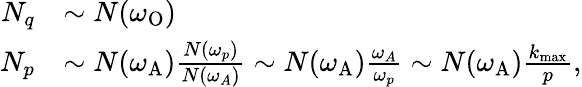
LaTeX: \begin{array}{rl}{N_{q}}&{\sim N(\omega_{\mathrm{O}})}\\ {N_{p}}&{\sim N(\omega_{\mathrm{A}})\frac{N(\omega_{p})}{N(\omega_{A})}\sim N(\omega_{\mathrm{A}})\frac{\omega_{A}}{\omega_{p}}\sim N(\omega_{\mathrm{A}})\frac{k_{\operatorname*{max}}}{p},}\end{array}